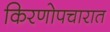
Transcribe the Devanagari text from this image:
किरणोपचारात